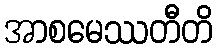
အာစမေဿတီတိ